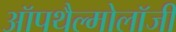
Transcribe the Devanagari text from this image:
ऑपथैल्मोलॉजी